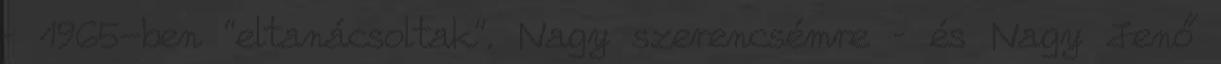
– 1965-ben “eltanácsoltak”. Nagy szerencsémre – és Nagy Jenő